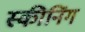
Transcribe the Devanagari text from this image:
स्कीनिंग